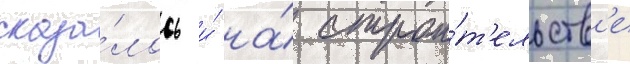
сказа́лось и́ на́ строи́т'ельств'е